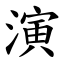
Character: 演